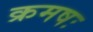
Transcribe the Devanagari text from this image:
क्रमषः